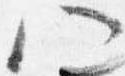
八